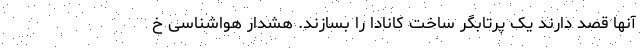
آنها قصد دارند یک پرتابگر ساخت کانادا را بسازند. هشدار هواشناسی خ